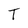
Character: T